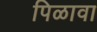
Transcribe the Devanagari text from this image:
पिळावा